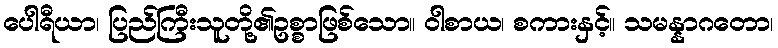
ပေါရီယာ၊ ပြည်ကြီးသူတို့၏ဥစ္စာဖြစ်သော။ ဝါစာယ၊ စကားနှင့်။ သမန္နာဂတော၊